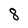
Character: 8